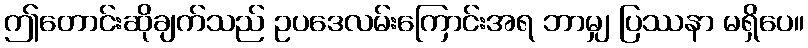
ဤတောင်းဆိုချက်သည် ဥပဒေလမ်းကြောင်းအရ ဘာမျှ ပြဿနာ မရှိပေ။